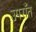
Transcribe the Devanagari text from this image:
उपराँत